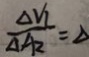
\frac { \Delta V _ { 1 } } { \Delta A _ { 2 } } = \Delta